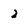
Character: 2